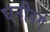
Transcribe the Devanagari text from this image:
घनीवर्ग